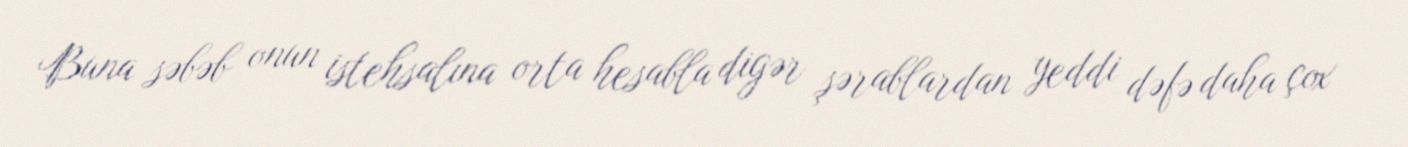
Buna səbəb onun istehsalına orta hesabla digər şərablardan yeddi dəfə daha çox